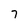
Character: 7